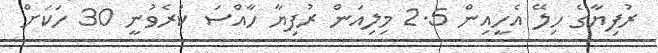
ރުފިޔާގެ ހިލޭ އެހީއިން 2.5 މިލިއަން ރުފިޔާ ހާއްސަ ކުރެވުނީ 30 ހަކަށް